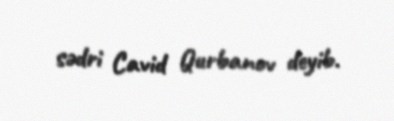
sədri Cavid Qurbanov deyib.